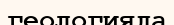
геологияда